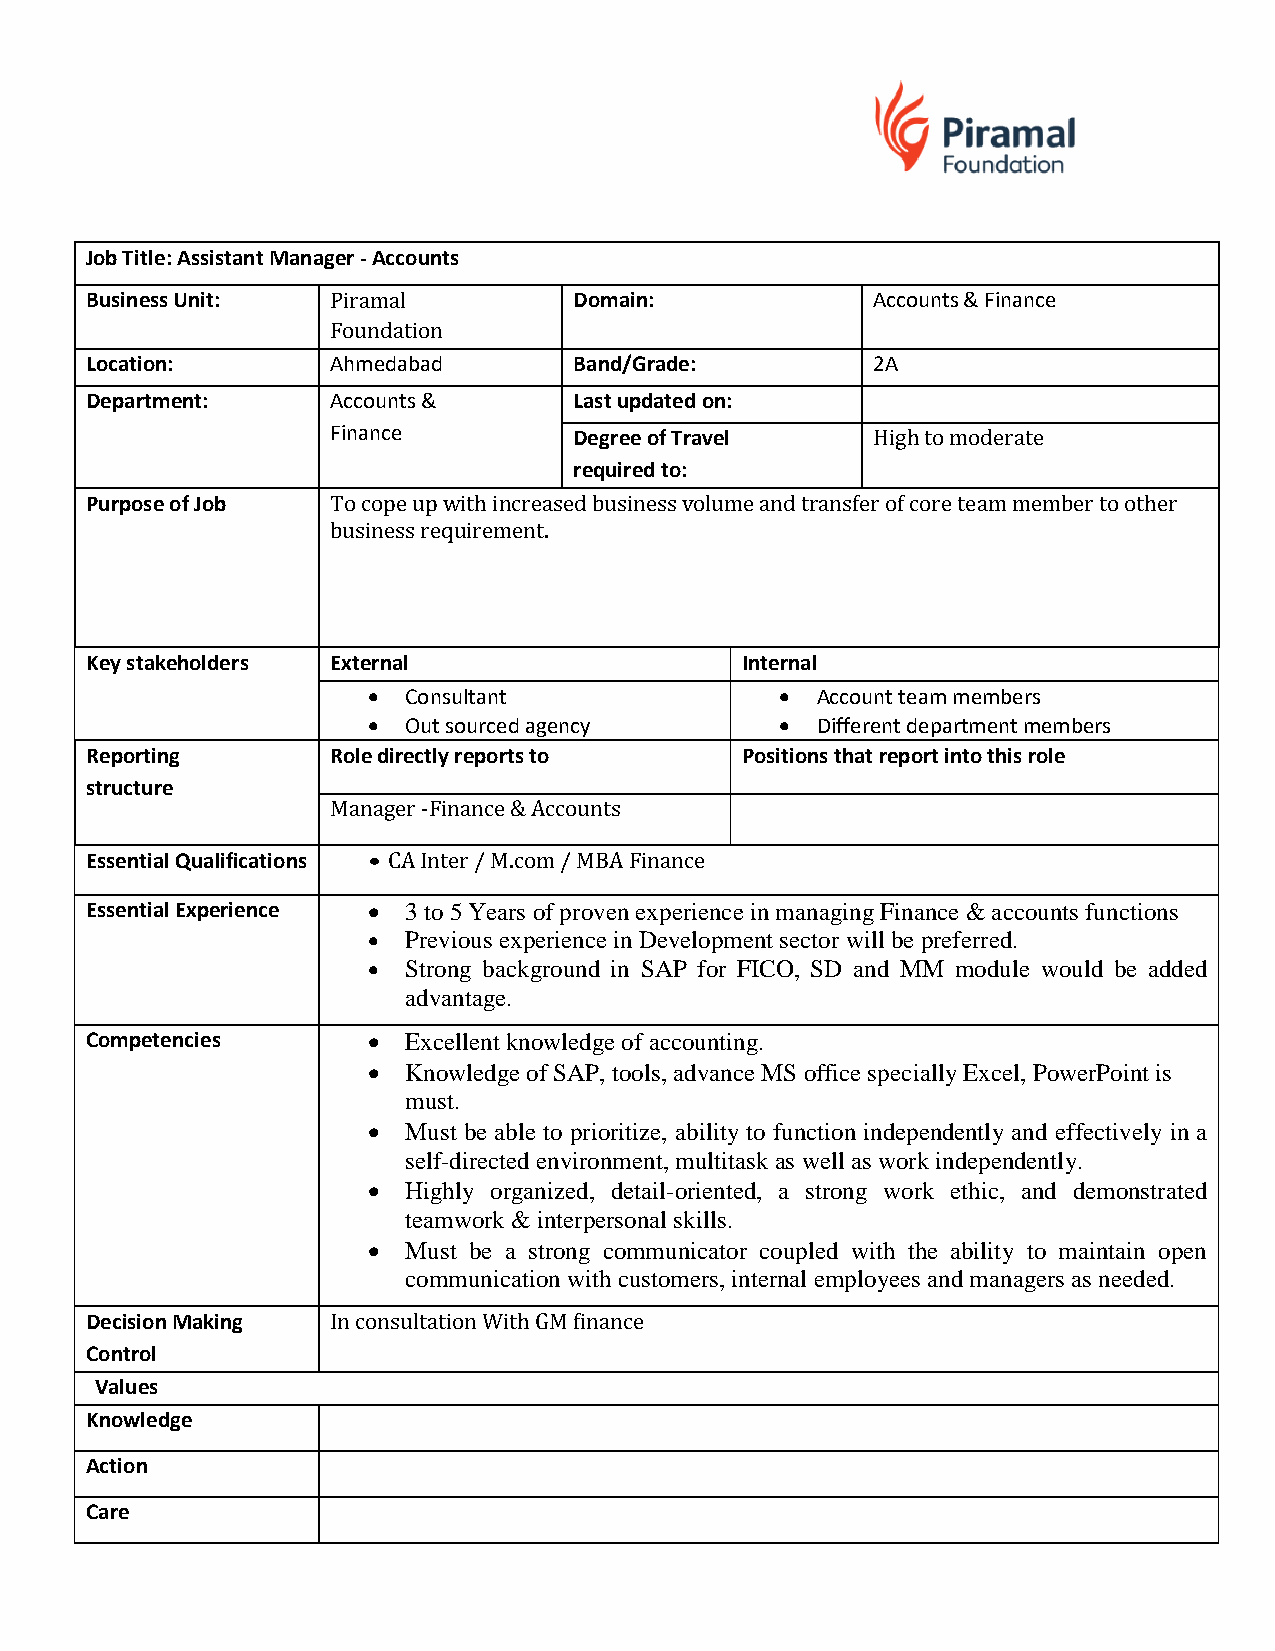
Job Title: Assistant Manager - Accounts
 Business Unit:  Piramal         Domain:             Accounts & Finance
 Foundation
 Location:       Ahmedabad       Band/Grade:         2A
 Department:     Accounts &      Last updated on:
 Finance         Degree of Travel    High to moderate
 required to:
 Purpose of Job  To cope up with increased business volume and transfer of core team member to other
 business requirement.
 Key stakeholders External                  Internal
   Consultant                Account team members
   Out sourced agency        Different department members
 Reporting       Role directly reports to   Positions that report into this role
 structure
 Manager -Finance & Accounts
 Essential Qualifications • CA Inter / M.com / MBA Finance
 Essential Experience  3 to 5 Years of proven experience in managing Finance & accounts functions
   Previous experience in Development sector will be preferred.
   Strong background in SAP for FICO, SD and MM module would be added
 advantage.
 Competencies        Excellent knowledge of accounting.
   Knowledge of SAP, tools, advance MS office specially Excel, PowerPoint is
 must.
   Must be able to prioritize, ability to function independently and effectively in a
 self-directed environment, multitask as well as work independently.
   Highly organized, detail-oriented, a strong work ethic, and demonstrated
 teamwork & interpersonal skills.
   Must be a strong communicator coupled with the ability to maintain open
 communication with customers, internal employees and managers as needed.
 Decision Making In consultation With GM finance
 Control
 Values
 Knowledge
 Action
 Care